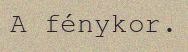
A fénykor.